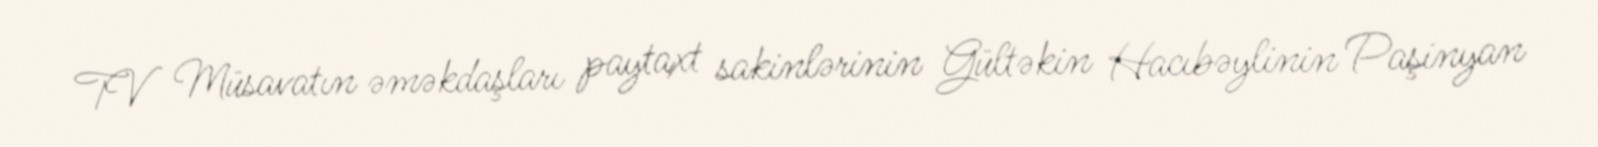
TV Müsavatın əməkdaşları paytaxt sakinlərinin Gültəkin Hacıbəylinin Paşinyan